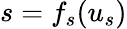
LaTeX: s=f_{s}(u_{s})